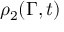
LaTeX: \rho _ { 2 } ( \Gamma , t )